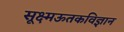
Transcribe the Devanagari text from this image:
सूक्ष्मऊतकविज्ञान